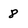
Character: 8